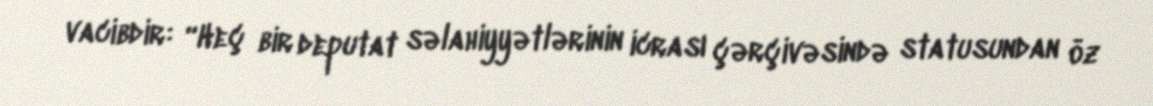
vacibdir: “Heç bir deputat səlahiyyətlərinin icrası çərçivəsində statusundan öz